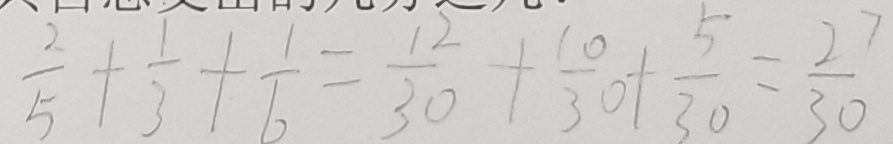
\frac { 2 } { 5 } + \frac { 1 } { 3 } + \frac { 1 } { 6 } = \frac { 1 2 } { 3 0 } + \frac { 1 0 } { 3 0 } + \frac { 5 } { 3 0 } = \frac { 2 7 } { 3 0 }